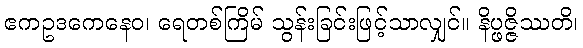
ဧကဥဒကေနေဝ၊ ရေတစ်ကြိမ် သွန်းခြင်းဖြင့်သာလျှင်။ နိပ္ဖဇ္ဇိဿတိ၊